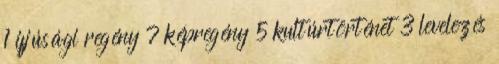
1 ifjúsági regény 7 képregény 5 kultúrtörténet 3 levelezés